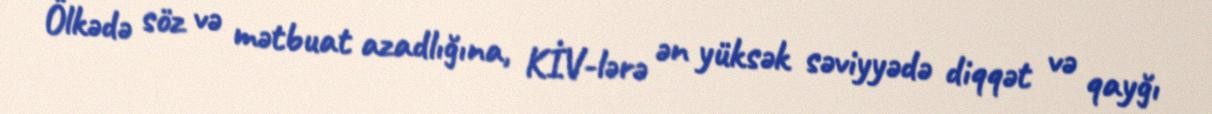
Ölkədə söz və mətbuat azadlığına, KİV-lərə ən yüksək səviyyədə diqqət və qayğı